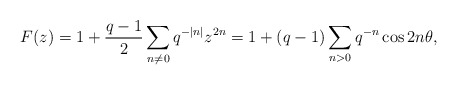
\begin{align*} F(z) = 1 + \frac{q-1}{2} \sum_{n \neq 0} q^{-|n|} z^{2n} = 1 + (q-1) \sum_{n > 0} q^{-n} \cos 2 n \theta, \end{align*}